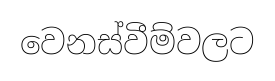
වෙනස්වීම්වලට